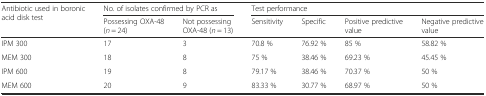
<table><thead><tr><td rowspan="2"><b>Antibiotic used in boronic acid disk test</b></td><td colspan="2"><b>No. of isolates confirmed by PCR as</b></td><td colspan="4"><b>Test performance</b></td></tr><tr><td><b>Possessing OXA-48 (<i>n</i> = 24)</b></td><td><b>Not possessing OXA-48 (<i>n</i> = 13)</b></td><td><b>Sensitivity</b></td><td><b>Specific</b></td><td><b>Positive predictive value</b></td><td><b>Negative predictive value</b></td></tr></thead><tbody><tr><td>IPM 300</td><td>17</td><td>3</td><td>70.8 %</td><td>76.92 %</td><td>85 %</td><td>58.82 %</td></tr><tr><td>MEM 300</td><td>18</td><td>8</td><td>75 %</td><td>38.46 %</td><td>69.23 %</td><td>45.45 %</td></tr><tr><td>IPM 600</td><td>19</td><td>8</td><td>79.17 %</td><td>38.46 %</td><td>70.37 %</td><td>50 %</td></tr><tr><td>MEM 600</td><td>20</td><td>9</td><td>83.33 %</td><td>30.77 %</td><td>68.97 %</td><td>50 %</td></tr></tbody></table>